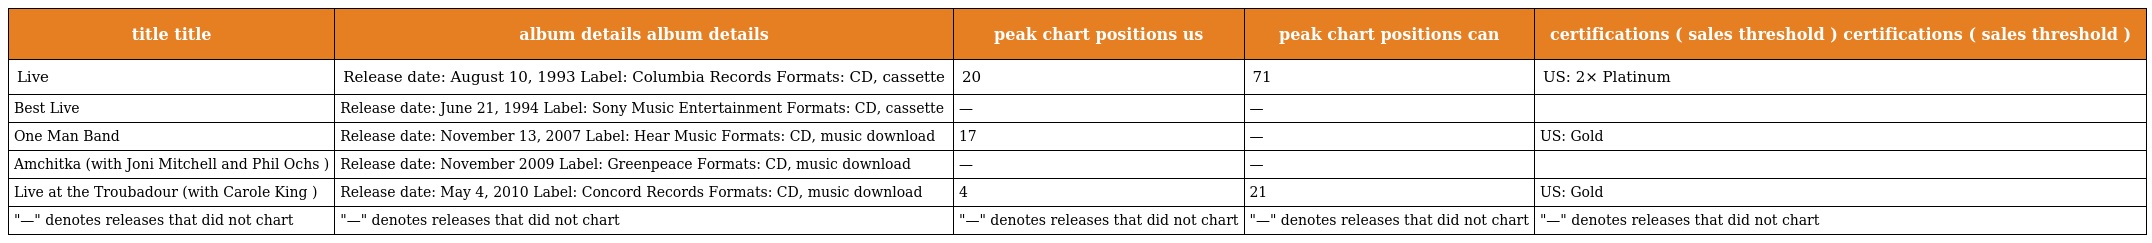
| title title | album details album details | peak chart positions us | peak chart positions can | certifications ( sales threshold ) certifications ( sales threshold ) |
 | --- | --- | --- | --- | --- |
 | Live | Release date: August 10, 1993 Label: Columbia Records Formats: CD, cassette | 20 | 71 | US: 2× Platinum |
 | Best Live | Release date: June 21, 1994 Label: Sony Music Entertainment Formats: CD, cassette | — | — |  |
 | One Man Band | Release date: November 13, 2007 Label: Hear Music Formats: CD, music download | 17 | — | US: Gold |
 | Amchitka (with Joni Mitchell and Phil Ochs ) | Release date: November 2009 Label: Greenpeace Formats: CD, music download | — | — |  |
 | Live at the Troubadour (with Carole King ) | Release date: May 4, 2010 Label: Concord Records Formats: CD, music download | 4 | 21 | US: Gold |
 | "—" denotes releases that did not chart | "—" denotes releases that did not chart | "—" denotes releases that did not chart | "—" denotes releases that did not chart | "—" denotes releases that did not chart |